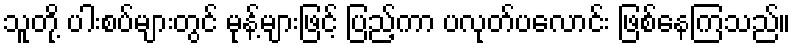
သူတို့ ပါးစပ်များတွင် မုန့်များဖြင့် ပြည့်ကာ ပလုတ်ပလောင်း ဖြစ်နေကြသည်။